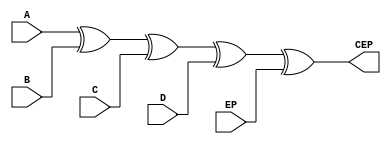
/* module even_parity_checker
*
*  Purpose: Checks inputs for even parity value, and outputs 0 when matching
*
*  Input: A,B,C,D
*  Output: EPC
*  Student: Jonathan Boryla
*		    
*/
module even_parity_checker (A,B,C,D,EP,CEP); //module and port list

	input wire A,B,C,D,EP;	//Inputs
	output wire CEP;			//Outputs

	assign CEP = A^B^C^D^EP;	//XOR A,B,C,D,EP and assigns to CEP. CEP will be 0 for correct even parity.

endmodule